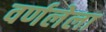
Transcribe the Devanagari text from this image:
वर्णलेला